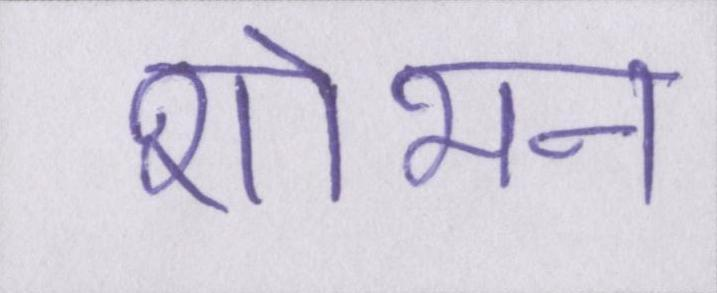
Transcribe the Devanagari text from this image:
शोभन